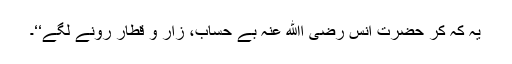
یہ کہ کر حضرت انس رضی اﷲ عنہ بے حساب، زار و قطار رونے لگے‘‘۔